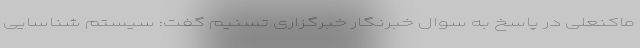
ماکنعلی در پاسخ به سوال خبرنگار خبرگزاری تسنیم گفت: سیستم شناسایی